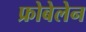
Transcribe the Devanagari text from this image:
फ्रोबेलेन